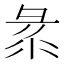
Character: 𢑛